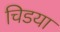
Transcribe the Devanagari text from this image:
चिडया